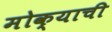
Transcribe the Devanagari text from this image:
मोक्याची